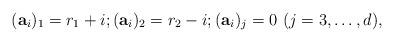
LaTeX: \begin{align*}(\mathbf{a}_i)_1 = r_1 + i; (\mathbf{a}_i)_2 = r_2 - i; (\mathbf{a}_i)_j = 0 \ (j=3,\ldots,d),\end{align*}